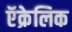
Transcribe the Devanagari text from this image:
ऍक्रेलिक